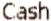
CASH